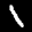
Label: 1